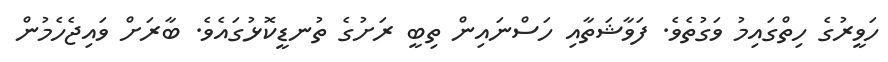
ހަވީރުގެ ހިތްގައިމު ވަގުތެވެ. ފަވާޝަތާއި ހަސްނައިން ތިބީ ރަށުގެ ތުނޑީކޮޅުގައެވެ. ބާރަށް ވައިޖެހެމުން